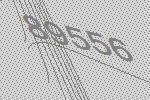
89556